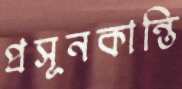
প্রসূনকান্তি